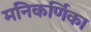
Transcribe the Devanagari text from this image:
मनिकर्णिका